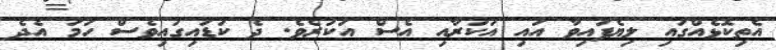
އެތިކޮޅެއްގައި ލިޔެފައިވާ އައި އަކުރާއި އެސް އަކުރެވެ. ދެ ކުޑައިގައިވެސް ހަމަ އެދެ